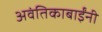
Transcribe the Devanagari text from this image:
अवंतिकाबाईंनी